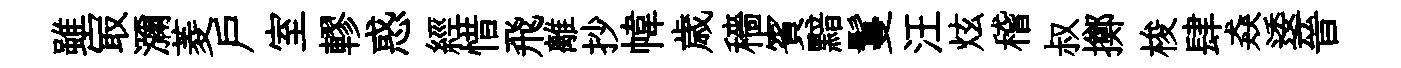
雖冣瀰菱戸室轇惑經惜飛離抄幃歳穡賓黯鬘汪炫稽叔擲梭肆猋逶晉